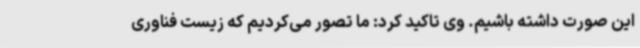
این صورت داشته باشیم. وی تاکید کرد: ما تصور می‌کردیم که زیست فناوری